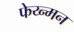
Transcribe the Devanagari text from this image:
फेय्न्मन